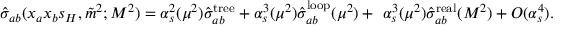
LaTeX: \hat { \sigma } _ { a b } ( x _ { a } x _ { b } s _ { H } , \tilde { m } ^ { 2 } ; M ^ { 2 } ) = \alpha _ { s } ^ { 2 } ( \mu ^ { 2 } ) \hat { \sigma } _ { a b } ^ { \mathrm { t r e e } } + \alpha _ { s } ^ { 3 } ( \mu ^ { 2 } ) \hat { \sigma } _ { a b } ^ { \mathrm { l o o p } } ( \mu ^ { 2 } ) + ~ \alpha _ { s } ^ { 3 } ( \mu ^ { 2 } ) \hat { \sigma } _ { a b } ^ { \mathrm { r e a l } } ( M ^ { 2 } ) + { \cal O } ( \alpha _ { s } ^ { 4 } ) .